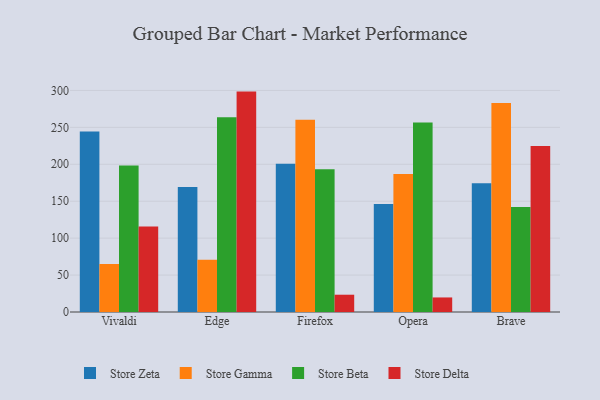
{"axis": {"x": "Browser", "y": "LTV (USD)"}, "legend": ["Store Beta", "Store Delta", "Store Gamma", "Store Zeta"], "data": [{"x": "Vivaldi", "y": 244.5, "type": "Store Zeta"}, {"x": "Vivaldi", "y": 65.0, "type": "Store Gamma"}, {"x": "Vivaldi", "y": 198.2, "type": "Store Beta"}, {"x": "Vivaldi", "y": 115.6, "type": "Store Delta"}, {"x": "Edge", "y": 169.1, "type": "Store Zeta"}, {"x": "Edge", "y": 70.7, "type": "Store Gamma"}, {"x": "Edge", "y": 263.8, "type": "Store Beta"}, {"x": "Edge", "y": 298.4, "type": "Store Delta"}, {"x": "Firefox", "y": 200.7, "type": "Store Zeta"}, {"x": "Firefox", "y": 260.3, "type": "Store Gamma"}, {"x": "Firefox", "y": 193.4, "type": "Store Beta"}, {"x": "Firefox", "y": 23.4, "type": "Store Delta"}, {"x": "Opera", "y": 146.3, "type": "Store Zeta"}, {"x": "Opera", "y": 186.7, "type": "Store Gamma"}, {"x": "Opera", "y": 256.5, "type": "Store Beta"}, {"x": "Opera", "y": 19.7, "type": "Store Delta"}, {"x": "Brave", "y": 174.4, "type": "Store Zeta"}, {"x": "Brave", "y": 283.0, "type": "Store Gamma"}, {"x": "Brave", "y": 142.0, "type": "Store Beta"}, {"x": "Brave", "y": 224.9, "type": "Store Delta"}]}